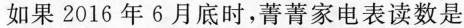
如果2016年6月底时，菁菁家电表读数是